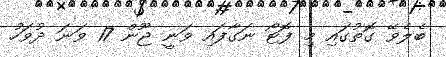
ބެލެވޭ ގޮތުގައި މި ފޮޓޯ ނަގާފައި ވަނީ ޖޫން 17 ވަނަ ދުވަހު